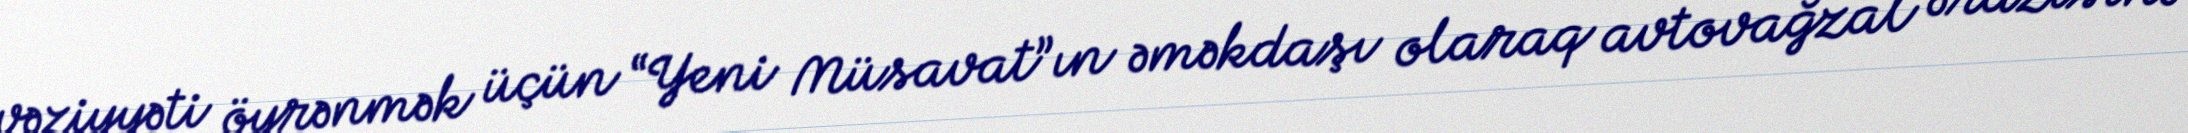
vəziyyəti öyrənmək üçün “Yeni Müsavat”ın əməkdaşı olaraq avtovağzal ərazisinə